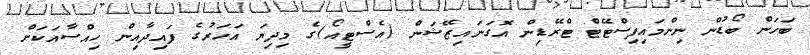
ބަހަން ބޯޑުން ނިންމައިފިސްޓޭޓް ޓްރޭޑިން އޮގަނައިޒޭޝަން (އެސްޓީއޯ)ގެ މިދިޔަ އަހަރުގެ ފައިދާއިން ހިއްސާއަކަށް